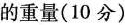
的重量(10分)